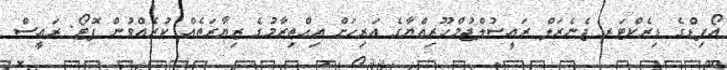
އޯފިޑްގެ ޑިރެކްޓަރ ޖެނެރަލް ރައީސުލްޖުމްހޫރިއްޔާގެ އަރިހަށް އިޙްތިރާމުގެ ޒިޔާރަތެއް ކުރެއްވުން ފޮޓޯ: ރައީސް